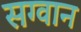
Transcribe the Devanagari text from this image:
सग्वान